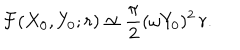
{ \cal F } ( X _ { 0 } , Y _ { 0 } ; r ) \simeq \frac { \pi } { 2 } ( \omega Y _ { 0 } ) ^ { 2 } \, r .